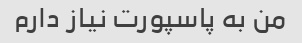
من به پاسپورت نیاز دارم